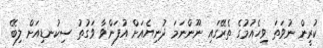
ކުރީން ނުވަތަ ވިހެއުމުގެ ތެރޭގައި ނޫންނަމަ ދުނިޔެއަށް އުފަންވާ ވަގުތު ސިކުނޑިއަށް ލިބޭ